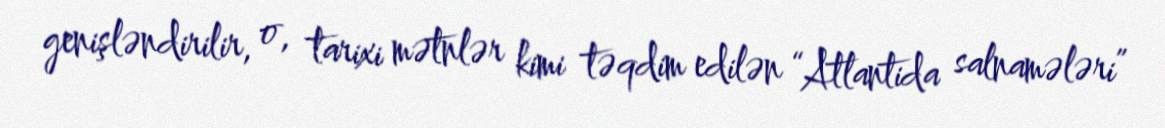
genişləndirilir, o, tarixi mətnlər kimi təqdim edilən “Atlantida salnamələri”